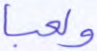
ولعبا